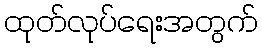
ထုတ်လုပ်ရေးအတွက်